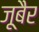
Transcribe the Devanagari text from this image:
जूबैर